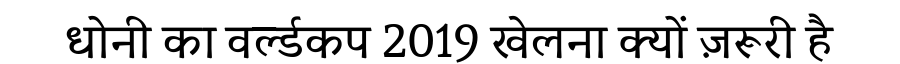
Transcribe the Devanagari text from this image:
धोनी का वर्ल्डकप 2019 खेलना क्यों ज़रूरी है